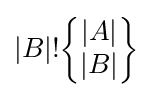
{\textstyle |B|!{\begin{Bmatrix}|A|\\|B|\end{Bmatrix}}}